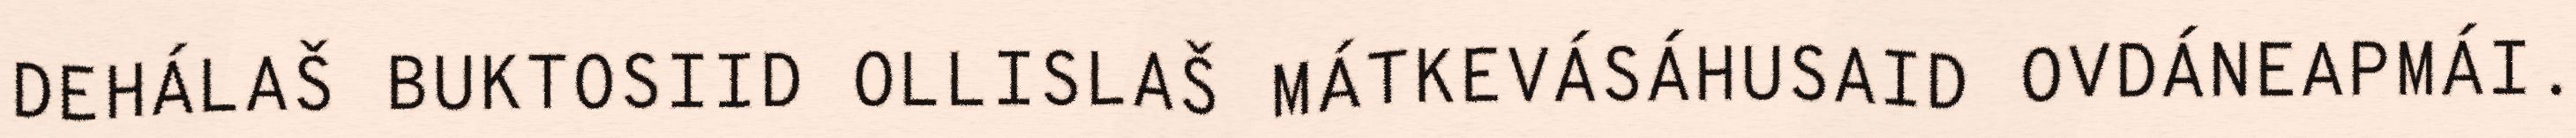
DEHÁLAŠ BUKTOSIID OLLISLAŠ MÁTKEVÁSÁHUSAID OVDÁNEAPMÁI.